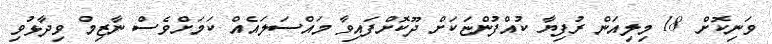
ވަނިކޮށް 18 މިލިއަން ރުފިޔާ ކުއްފުންޏަކަށް ދޫކޮށްފައިވާ މައްސަލައެއް ކަމަށްވެސް ނާޒިމް ވިދާޅުވި